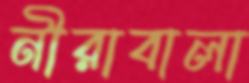
নীরাবালা